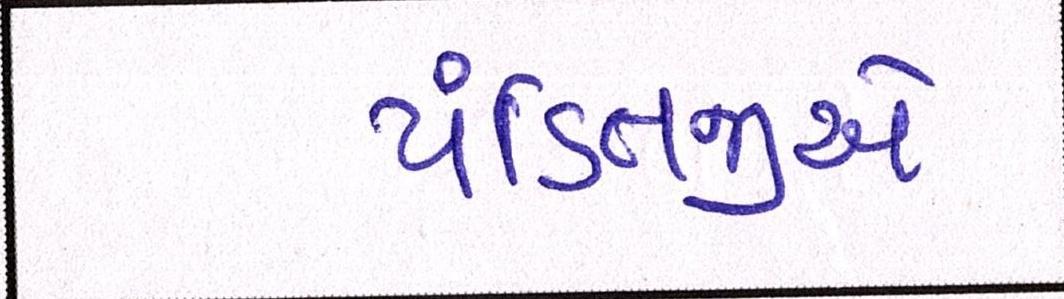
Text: પંડિતજીએ